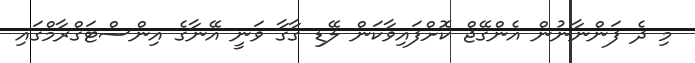
މި ދެ ފަންނާނުން އެންގޭޖް ކޮށްފައިވާކަން ލޭޑި ގާގާ ވަނީ އޭނާގެ އިންސްޓަގްރާމްގައި